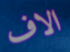
الاف